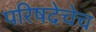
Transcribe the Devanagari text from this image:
परिषदेचेच